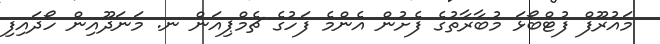
މައުރޫފް ފުޓްބޯޅަ މުބާރާތުގެ ފެށުން އެންމެ ފަހުގެ ޗެމްޕިއަން ނ. މަނަދޫއިން ހޯދައިފި